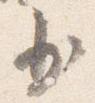
少